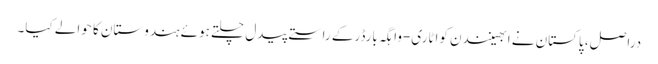
دراصل، پاکستان نے ابھینندن کواٹاری-واہگہ بارڈرکے راستے پیدل چلتے ہوئے ہندوستان کا حوالے کیا۔